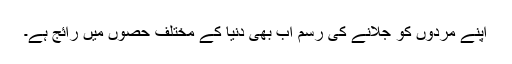
اپنے مردوں کو جلانے کی رسم اب بھی دنیا کے مختلف حصوں میں رائج ہے۔